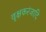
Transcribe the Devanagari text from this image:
वृक्षकरंजादि